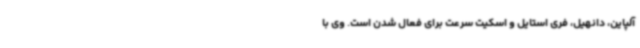
آلپاین، دانهیل، فری ‌استایل و اسکیت سرعت برای فعال شدن است. وی با